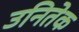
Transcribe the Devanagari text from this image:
उनितेक